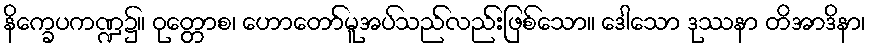
နိက္ခေပကဏ္ဍ၌။ ဝုတ္တောစ၊ ဟောတော်မူအပ်သည်လည်းဖြစ်သော။ ဒေါသော ဒုဿနာ တိအာဒိနာ၊